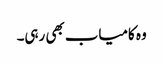
وہ کامیاب بھی رہی۔